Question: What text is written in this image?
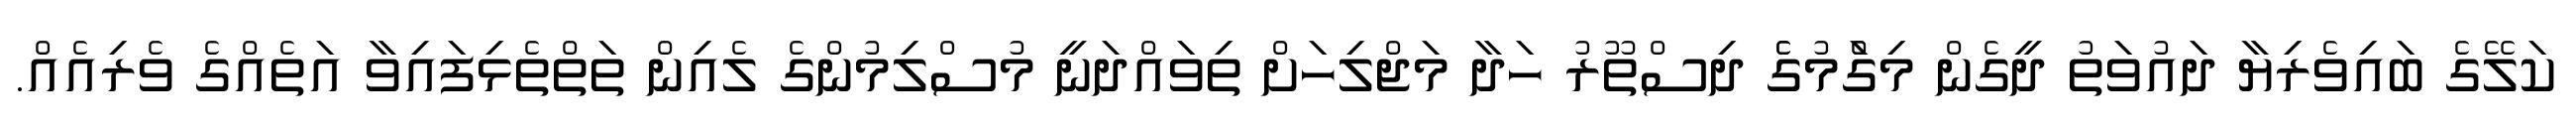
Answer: ކަލޭގެ ބައިވެރިޔާ ދައުވަތު ދީގެން މިގަެުމުގެެ ދިސްތޫރު ހަދާ މަޖްލިހަށް ތިވައްދަނީ މުސްލިމުންގެ ލެއިން ތަތްތެޅިފައިވާ އަތެއްގެ ވެރިއެއް.